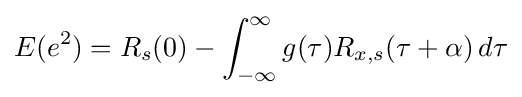
E(e^{2})=R_{s}(0)-\int _{-\infty }^{\infty }g(\tau )R_{x,s}(\tau +\alpha )\,d\tau